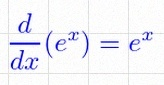
\frac{d}{dx}(e^x)=e^x